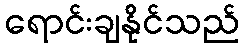
ရောင်းချနိုင်သည်